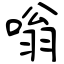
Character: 嗡